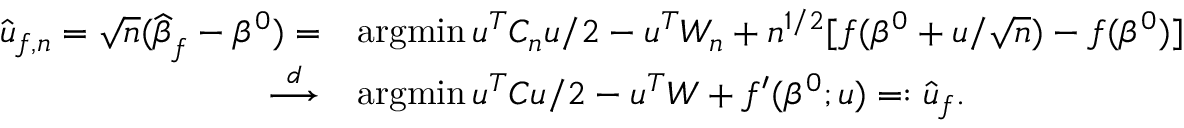
\begin{array} { r l } { \widehat { \boldsymbol { u } } _ { f , n } = \sqrt { n } ( \widehat { \boldsymbol { \beta } } _ { f } - \beta ^ { 0 } ) = } & { \operatorname { a r g m i n } u ^ { T } C _ { n } u / 2 - u ^ { T } W _ { n } + n ^ { 1 / 2 } [ f ( \beta ^ { 0 } + u / \sqrt { n } ) - f ( \beta ^ { 0 } ) ] } \\ { \overset { d } { \longrightarrow } } & { \operatorname { a r g m i n } { u ^ { T } C u / 2 - u ^ { T } W + f ^ { \prime } ( { \beta ^ { 0 } } ; u ) } = : \widehat { \boldsymbol { u } } _ { f } . } \end{array}